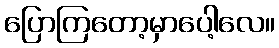
ပြောကြတော့မှာပေါ့လေ။